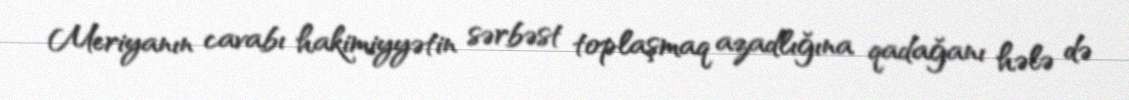
Meriyanın cavabı hakimiyyətin sərbəst toplaşmaq azadlığına qadağanı hələ də